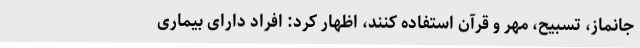
جانماز، تسبیح، مهر و قرآن استفاده کنند، اظهار کرد: افراد دارای بیماری‌